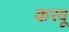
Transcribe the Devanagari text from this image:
करवू